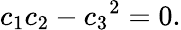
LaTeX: c_{1}c_{2}-{c_{3}}^{2}=0.